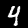
Digit: 4